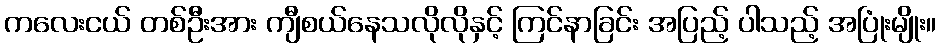
ကလေးငယ် တစ်ဦးအား ကျီစယ်နေသလိုလိုနှင့် ကြင်နာခြင်း အပြည့် ပါသည့် အပြုံးမျိုး။